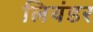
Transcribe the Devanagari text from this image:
लियंडर